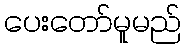
ပေးတော်မူမည်